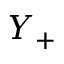
Y _ { + }